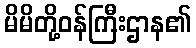
မိမိတို့ဝန်ကြီးဌာန၏